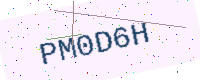
Text: PM0D6H